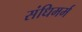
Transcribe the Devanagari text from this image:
संधिमर्म